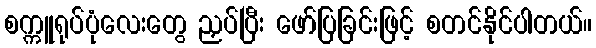
စက္ကူရုပ်ပုံလေးတွေ ညှပ်ပြီး ဖော်ပြခြင်းဖြင့် စတင်နိုင်ပါတယ်။